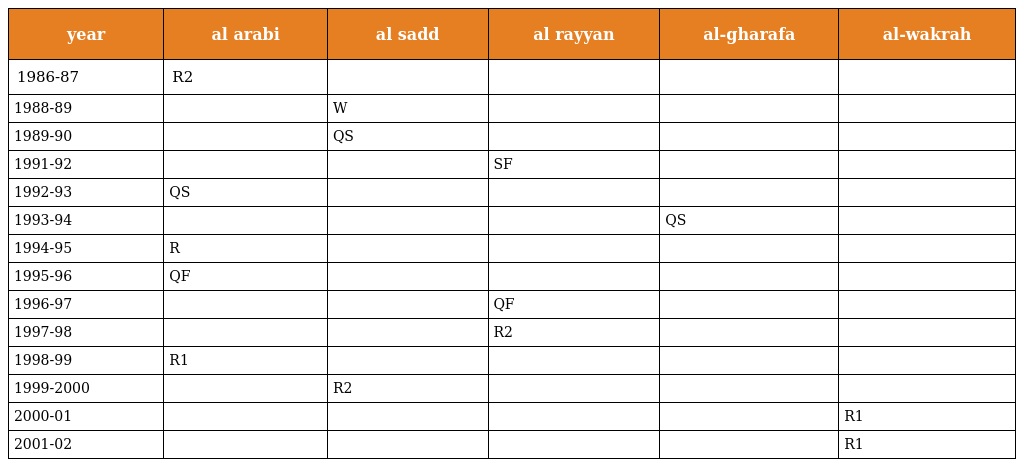
| year | al arabi | al sadd | al rayyan | al-gharafa | al-wakrah |
 | --- | --- | --- | --- | --- | --- |
 | 1986-87 | R2 |  |  |  |  |
 | 1988-89 |  | W |  |  |  |
 | 1989-90 |  | QS |  |  |  |
 | 1991-92 |  |  | SF |  |  |
 | 1992-93 | QS |  |  |  |  |
 | 1993-94 |  |  |  | QS |  |
 | 1994-95 | R |  |  |  |  |
 | 1995-96 | QF |  |  |  |  |
 | 1996-97 |  |  | QF |  |  |
 | 1997-98 |  |  | R2 |  |  |
 | 1998-99 | R1 |  |  |  |  |
 | 1999-2000 |  | R2 |  |  |  |
 | 2000-01 |  |  |  |  | R1 |
 | 2001-02 |  |  |  |  | R1 |